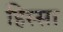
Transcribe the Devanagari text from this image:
हिस्सा